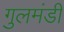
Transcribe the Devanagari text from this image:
गुलमंडी